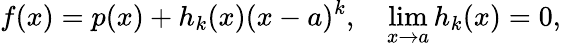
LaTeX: f(x)=p(x)+h_{k}(x)(x-a)^{k},\quad\operatorname*{lim}_{x\to a}h_{k}(x)=0,